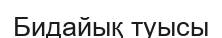
Бидайық туысы